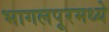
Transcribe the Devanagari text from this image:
भागलपूरमध्ये